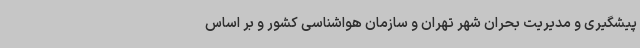
پیشگیری و مدیریت بحران شهر تهران و سازمان هواشناسی کشور و بر اساس